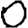
Digit: 0